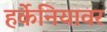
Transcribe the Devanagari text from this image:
हर्केनियावर